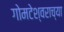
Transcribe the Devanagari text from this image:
गोमटेश्‍वराच्या